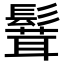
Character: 𩮙